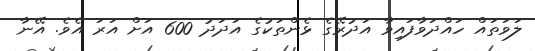
ލަވަތައް ހައްދަވާފައިވާ އަދުރޭގެ ޅެންތަކުގެ އަދަދު 600 އަށް އަރަ އެވެ. އޭނާ